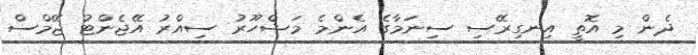
ދެން މި އޮތީ އިނގިރޭސި ސިނަމާގެ އެންމެ މަޝްހޫރު ސިއްރު އޭޖެންޓު ޖޭމްސް